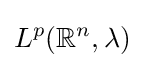
L^{p}(\mathbb {R} ^{n},\lambda )